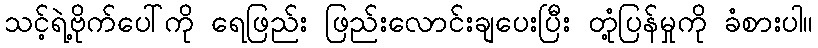
သင့်ရဲ့ဗိုက်ပေါ်ကို ရေဖြည်း ဖြည်းလောင်းချပေးပြီး တုံ့ပြန်မှုကို ခံစားပါ။